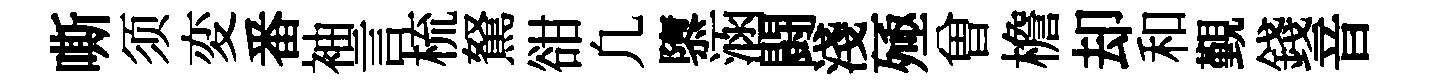
嘶须変番袖言梳駑𧮳凢隳涵闘淺殛曽檐却和覲錢音